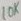
Text: 10K